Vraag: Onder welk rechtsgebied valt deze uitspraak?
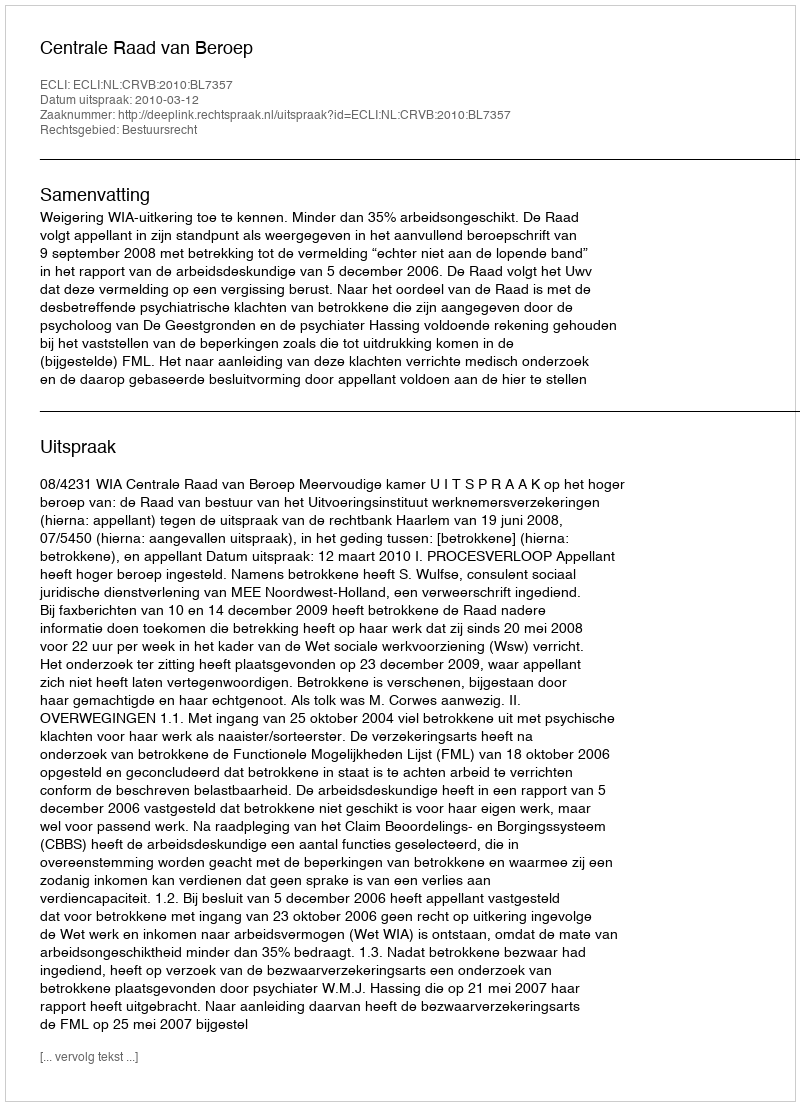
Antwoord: Bestuursrecht